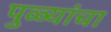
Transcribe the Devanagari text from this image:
पुळ्यांचा